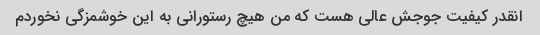
انقدر کیفیت جوجش عالی هست که من هیچ رستورانی به این خوشمزگی نخوردم